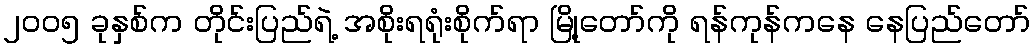
၂၀၀၅ ခုနှစ်က တိုင်းပြည်ရဲ့ အစိုးရရုံးစိုက်ရာ မြို့တော်ကို ရန်ကုန်ကနေ နေပြည်တော်